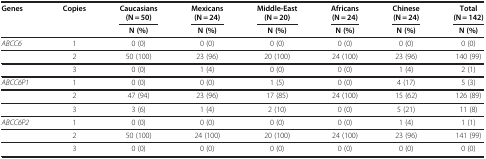
<table><thead><tr><td><b>Genes</b></td><td><b>Copies</b></td><td><b>Caucasians (N = 50)</b></td><td><b>Mexicans (N = 24)</b></td><td><b>Middle-East (N = 20)</b></td><td><b>Africans (N = 24)</b></td><td><b>Chinese (N = 24)</b></td><td><b>Total (N = 142)</b></td></tr><tr><td><b> </b></td><td><b> </b></td><td><b>N (%)</b></td><td><b>N (%)</b></td><td><b>N (%)</b></td><td><b>N (%)</b></td><td><b>N (%)</b></td><td><b>N (%)</b></td></tr></thead><tbody><tr><td><i>ABCC6</i></td><td>1</td><td>0 (0)</td><td>0 (0)</td><td>0 (0)</td><td>0 (0)</td><td>0 (0)</td><td>0 (0)</td></tr><tr><td> </td><td>2</td><td>50 (100)</td><td>23 (96)</td><td>20 (100)</td><td>24 (100)</td><td>23 (96)</td><td>140 (99)</td></tr><tr><td> </td><td>3</td><td>0 (0)</td><td>1 (4)</td><td>0 (0)</td><td>0 (0)</td><td>1 (4)</td><td>2 (1)</td></tr><tr><td><i>ABCC6P1</i></td><td>1</td><td>0 (0)</td><td>0 (0)</td><td>1 (5)</td><td>0 (0)</td><td>4 (17)</td><td>5 (3)</td></tr><tr><td> </td><td>2</td><td>47 (94)</td><td>23 (96)</td><td>17 (85)</td><td>24 (100)</td><td>15 (62)</td><td>126 (89)</td></tr><tr><td> </td><td>3</td><td>3 (6)</td><td>1 (4)</td><td>2 (10)</td><td>0 (0)</td><td>5 (21)</td><td>11 (8)</td></tr><tr><td><i>ABCC6P2</i></td><td>1</td><td>0 (0)</td><td>0 (0)</td><td>0 (0)</td><td>0 (0)</td><td>1 (4)</td><td>1 (1)</td></tr><tr><td> </td><td>2</td><td>50 (100)</td><td>24 (100)</td><td>20 (100)</td><td>24 (100)</td><td>23 (96)</td><td>141 (99)</td></tr><tr><td> </td><td>3</td><td>0 (0)</td><td>0 (0)</td><td>0 (0)</td><td>0 (0)</td><td>0 (0)</td><td>0 (0)</td></tr></tbody></table>